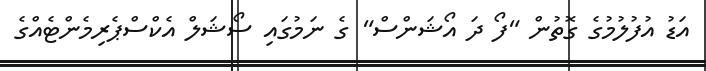
އަޑު އުފުލުމުގެ ގޮތުން "ފޯ ދަ އޯޝަންސް" ގެ ނަމުގައި ސޯޝަލް އެކްސްޕެރިމެންޓެއްގެ